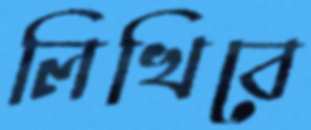
লিখিবে